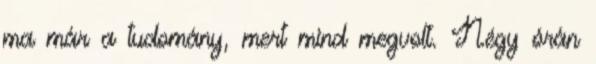
ma már a tudomány, mert mind megvolt. Négy órán